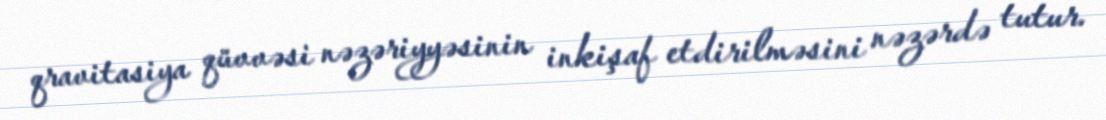
qravitasiya qüvvəsi nəzəriyyəsinin inkişaf etdirilməsini nəzərdə tutur.